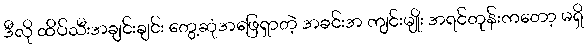
ဒီလို ထိပ်သီးအချင်းချင်း တွေ့ဆုံအဖြေရှာတဲ့ အခင်းအ ကျင်းမျိုး အရင်တုန်းကတော့ မရှိ